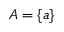
A = \{ a \}